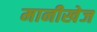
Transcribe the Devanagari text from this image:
मानीखेज